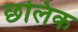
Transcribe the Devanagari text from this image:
छलिक